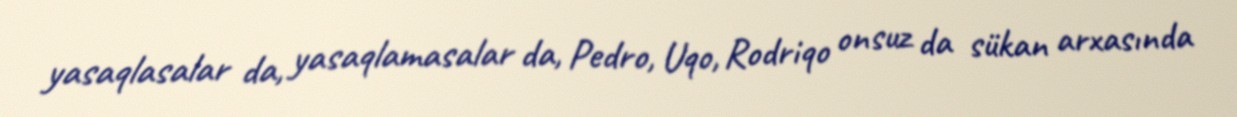
yasaqlasalar da, yasaqlamasalar da, Pedro, Uqo, Rodriqo onsuz da sükan arxasında